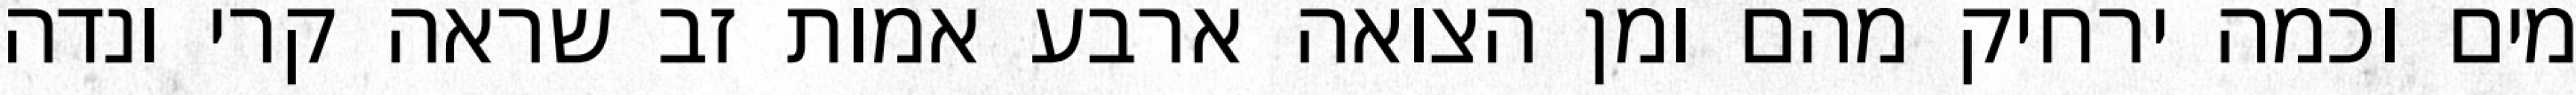
מים וכמה ירחיק מהם ומן הצואה ארבע אמות זב שראה קרי ונדה